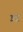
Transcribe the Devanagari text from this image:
इद्रं